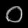
Digit: ၀